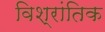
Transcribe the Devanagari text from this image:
विश्रांतिक